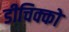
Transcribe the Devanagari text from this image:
डीचिक्को